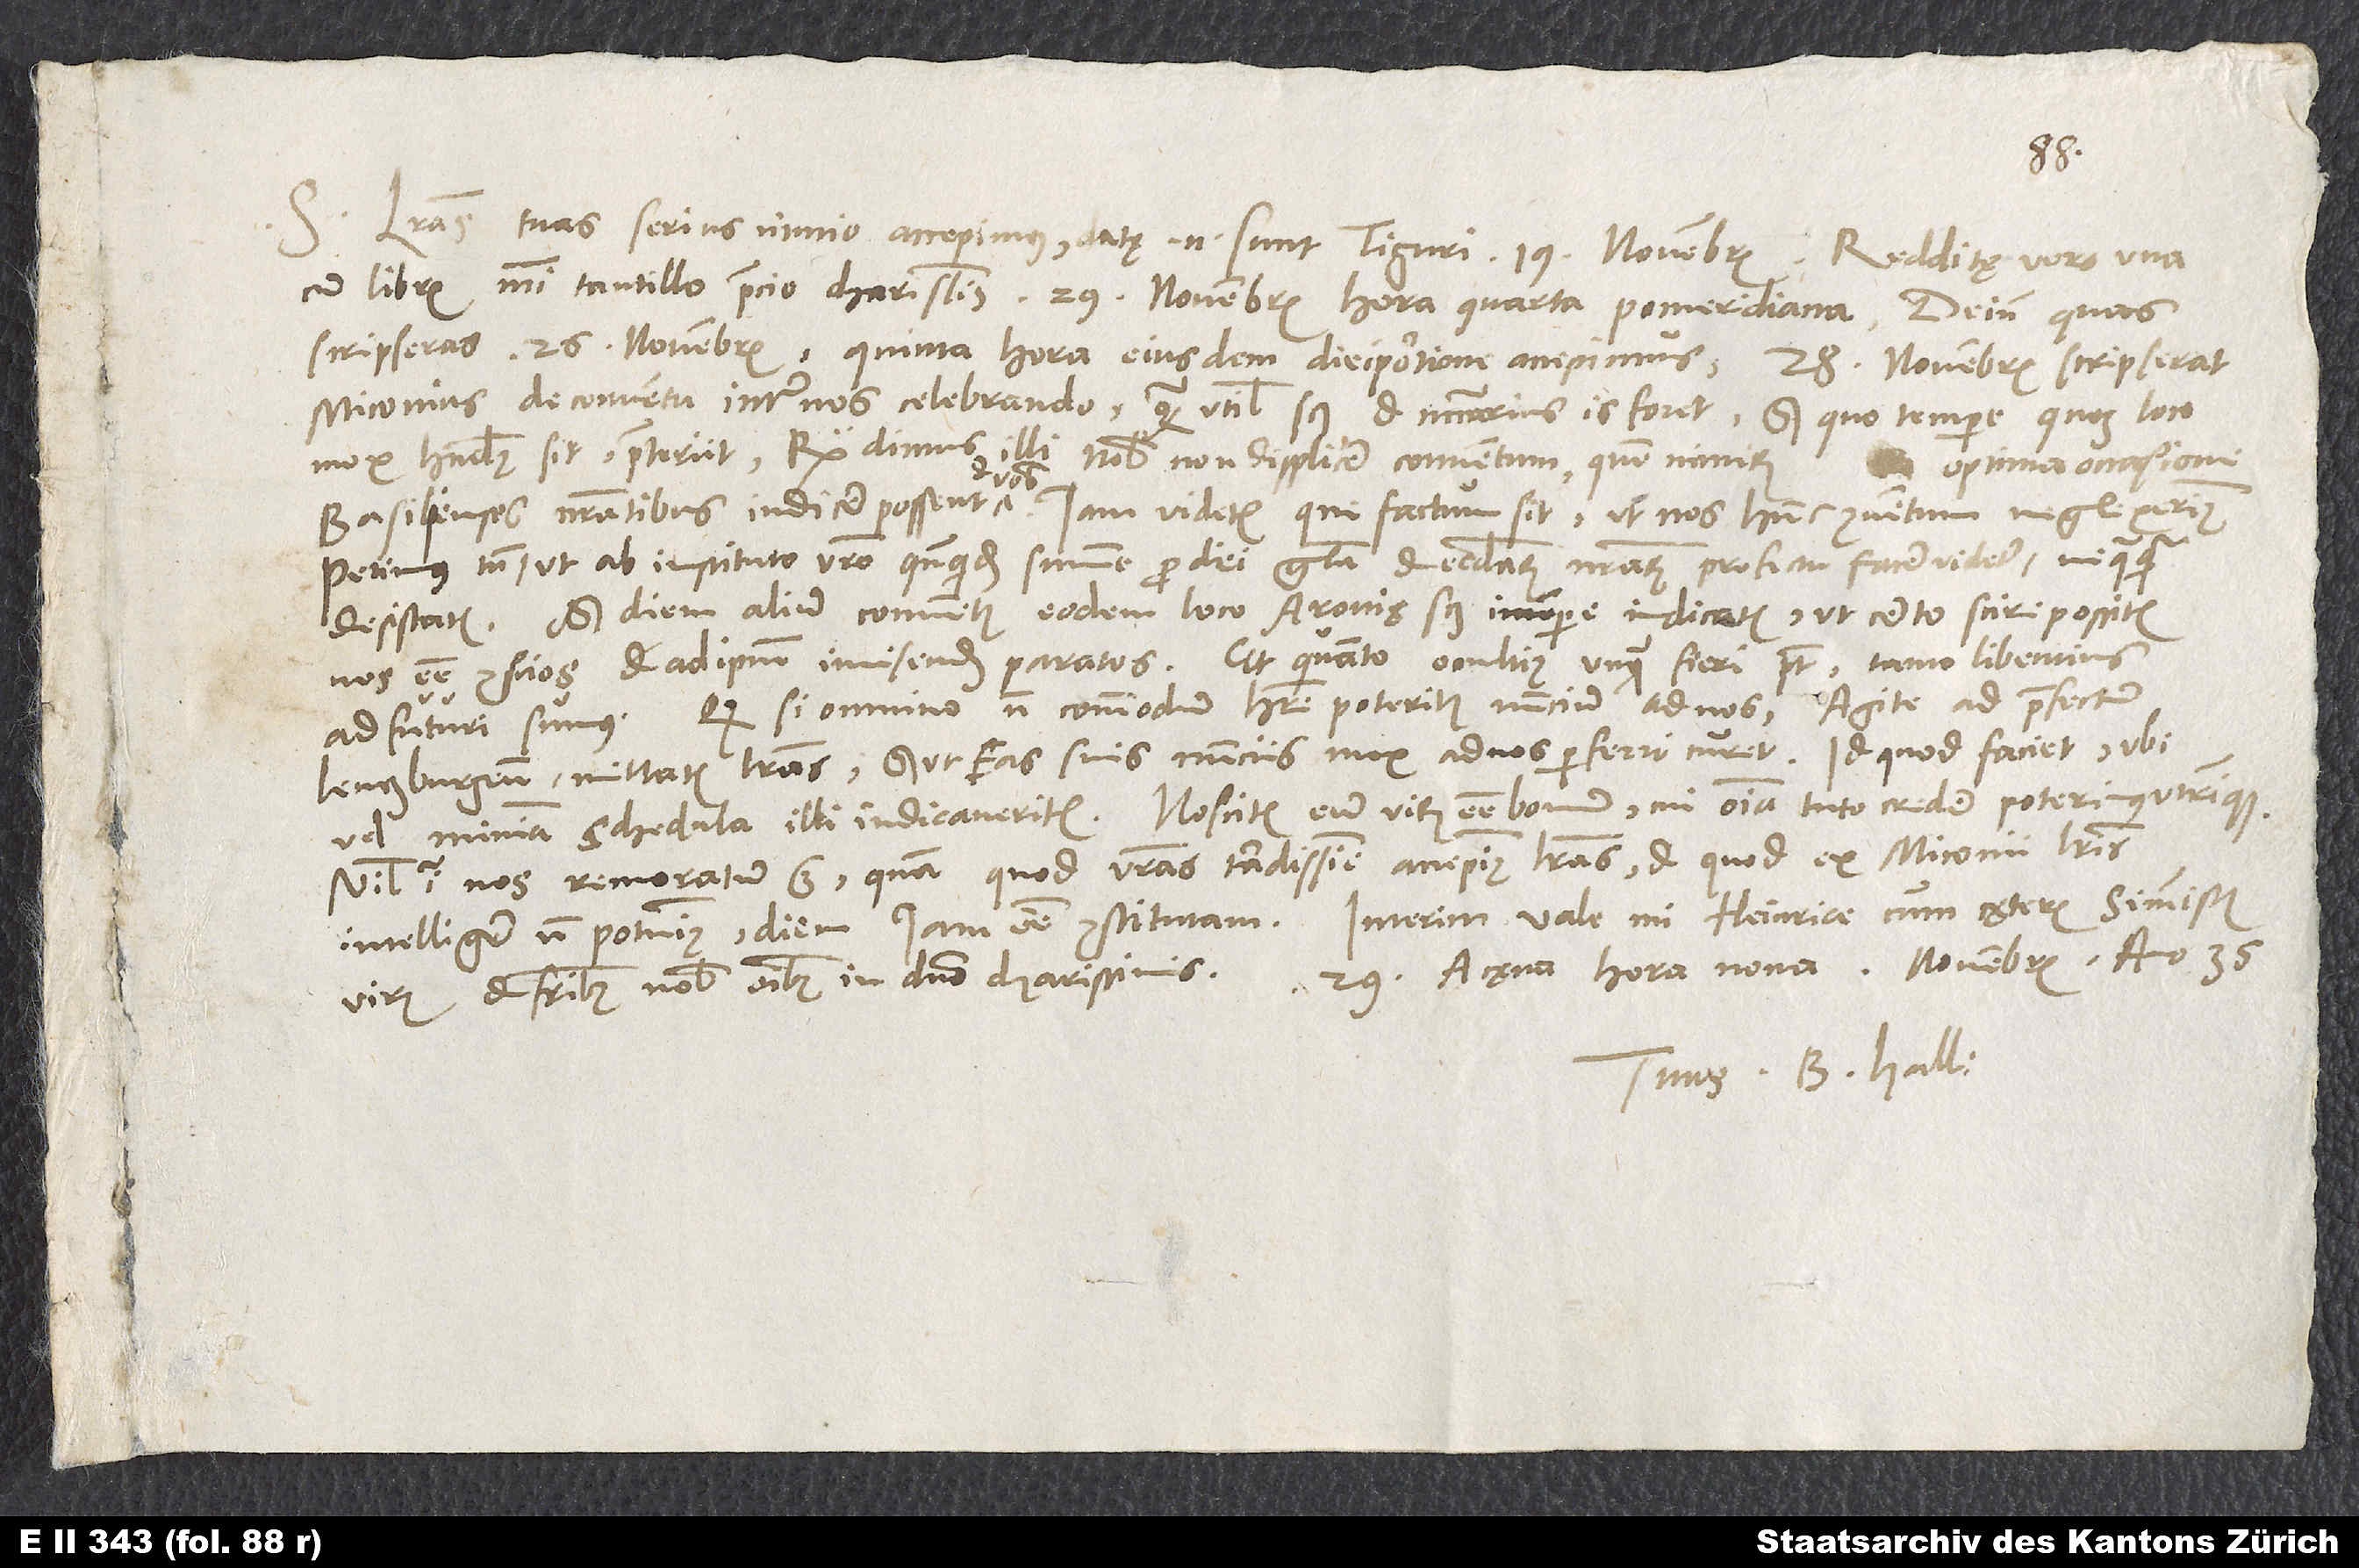
35.
S. Literas tuas serius nimio accepimus; datę enim sunt Tiguri 19. novembris, redditę vero una
cum libris mihi tantillo precio charissimis 29. novembris hora quarta pomeridiana. Deinde, quas
scripseras 26. novembris, quinta hora eiusdem diei portione accepimus. 28. novembris scripserat
Miconius de conventu inter nos celebrando, quam utilis scilicet et necessarius is foret, sed quo tempore quoque loco
mox habendus sit, praeteriit. Respondimus illi nobis non displicere conventum, quem nimirum
optima occasione
Basilienses nostratibus indicere possent et vobis. Iam videtis, qui factum sit, ut nos hunc conventum neglexerimus.
Petimus tamen, ut ab instituto vestro, quandoquidem summe pro dei gloria et ecclesiarum nostrarum profectu facere videtur, nequaquam
desistatis, sed diem alium conventus eodem loco, Arouię scilicet, in tempore indicatis, ut certo scire possitis
nos esse conscios et ad ipsum invisendum paratos. Et quanto occultius unquam fieri potest, tanto libentius
adfuturi sumus. Quodsi omnino non commodum habere poteritis nuncium ad nos, agite ad praefectum
Lenczburgensem mittatis literas, sed ut eas suis nunciis mox ad nos perferri curet, id quod faciet, ubi
vel minima schedula illi indicaveritis. Noscitis eum virum esse bonum, cui omnia tuto credere poterimus utrinque.
Nihil igitur nos remoratum est, quam quod vestras tardissime accepimus literas et quod ex Miconii literis
Tuus B. Hall.